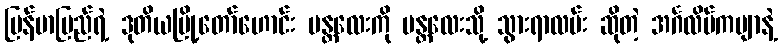
မြန်မာပြည်ရဲ့ ဒုတိယမြို့တော်ဟောင်း မန္တလေးကို မန္တလေးသို့ သွားရာလမ်း ဆိုတဲ့ အင်္ဂလိပ်ကဗျာနဲ့